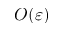
O ( \varepsilon )